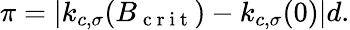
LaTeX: \pi=|k_{c,\sigma}(B_{\mathrm{~c~r~i~t~}})-k_{c,\sigma}(0)|d.